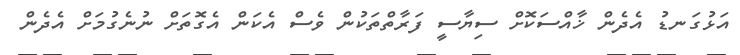
އަޅުގަނޑު އެދެން ޚާއްސަކޮށް ސިޔާސީ ފަރާތްތަކުން ވެސް އެކަން އެގޮތަށް ނުނެގުމަށް އެދެން